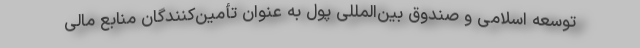
توسعه اسلامی و صندوق بین‌المللی پول به عنوان تأمین‌کنندگان منابع مالی